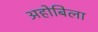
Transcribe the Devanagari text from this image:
अहोबिला